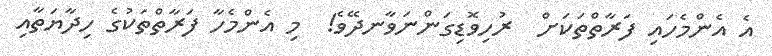
އެ އެންމެހައި ފަރާތްތަކަށް  ރުހިވޮޑިގަންނަވާނދޭވެ!  މި އެންމެހާ ފަރާތްތަކުގެ ހިދާޔަތާއި